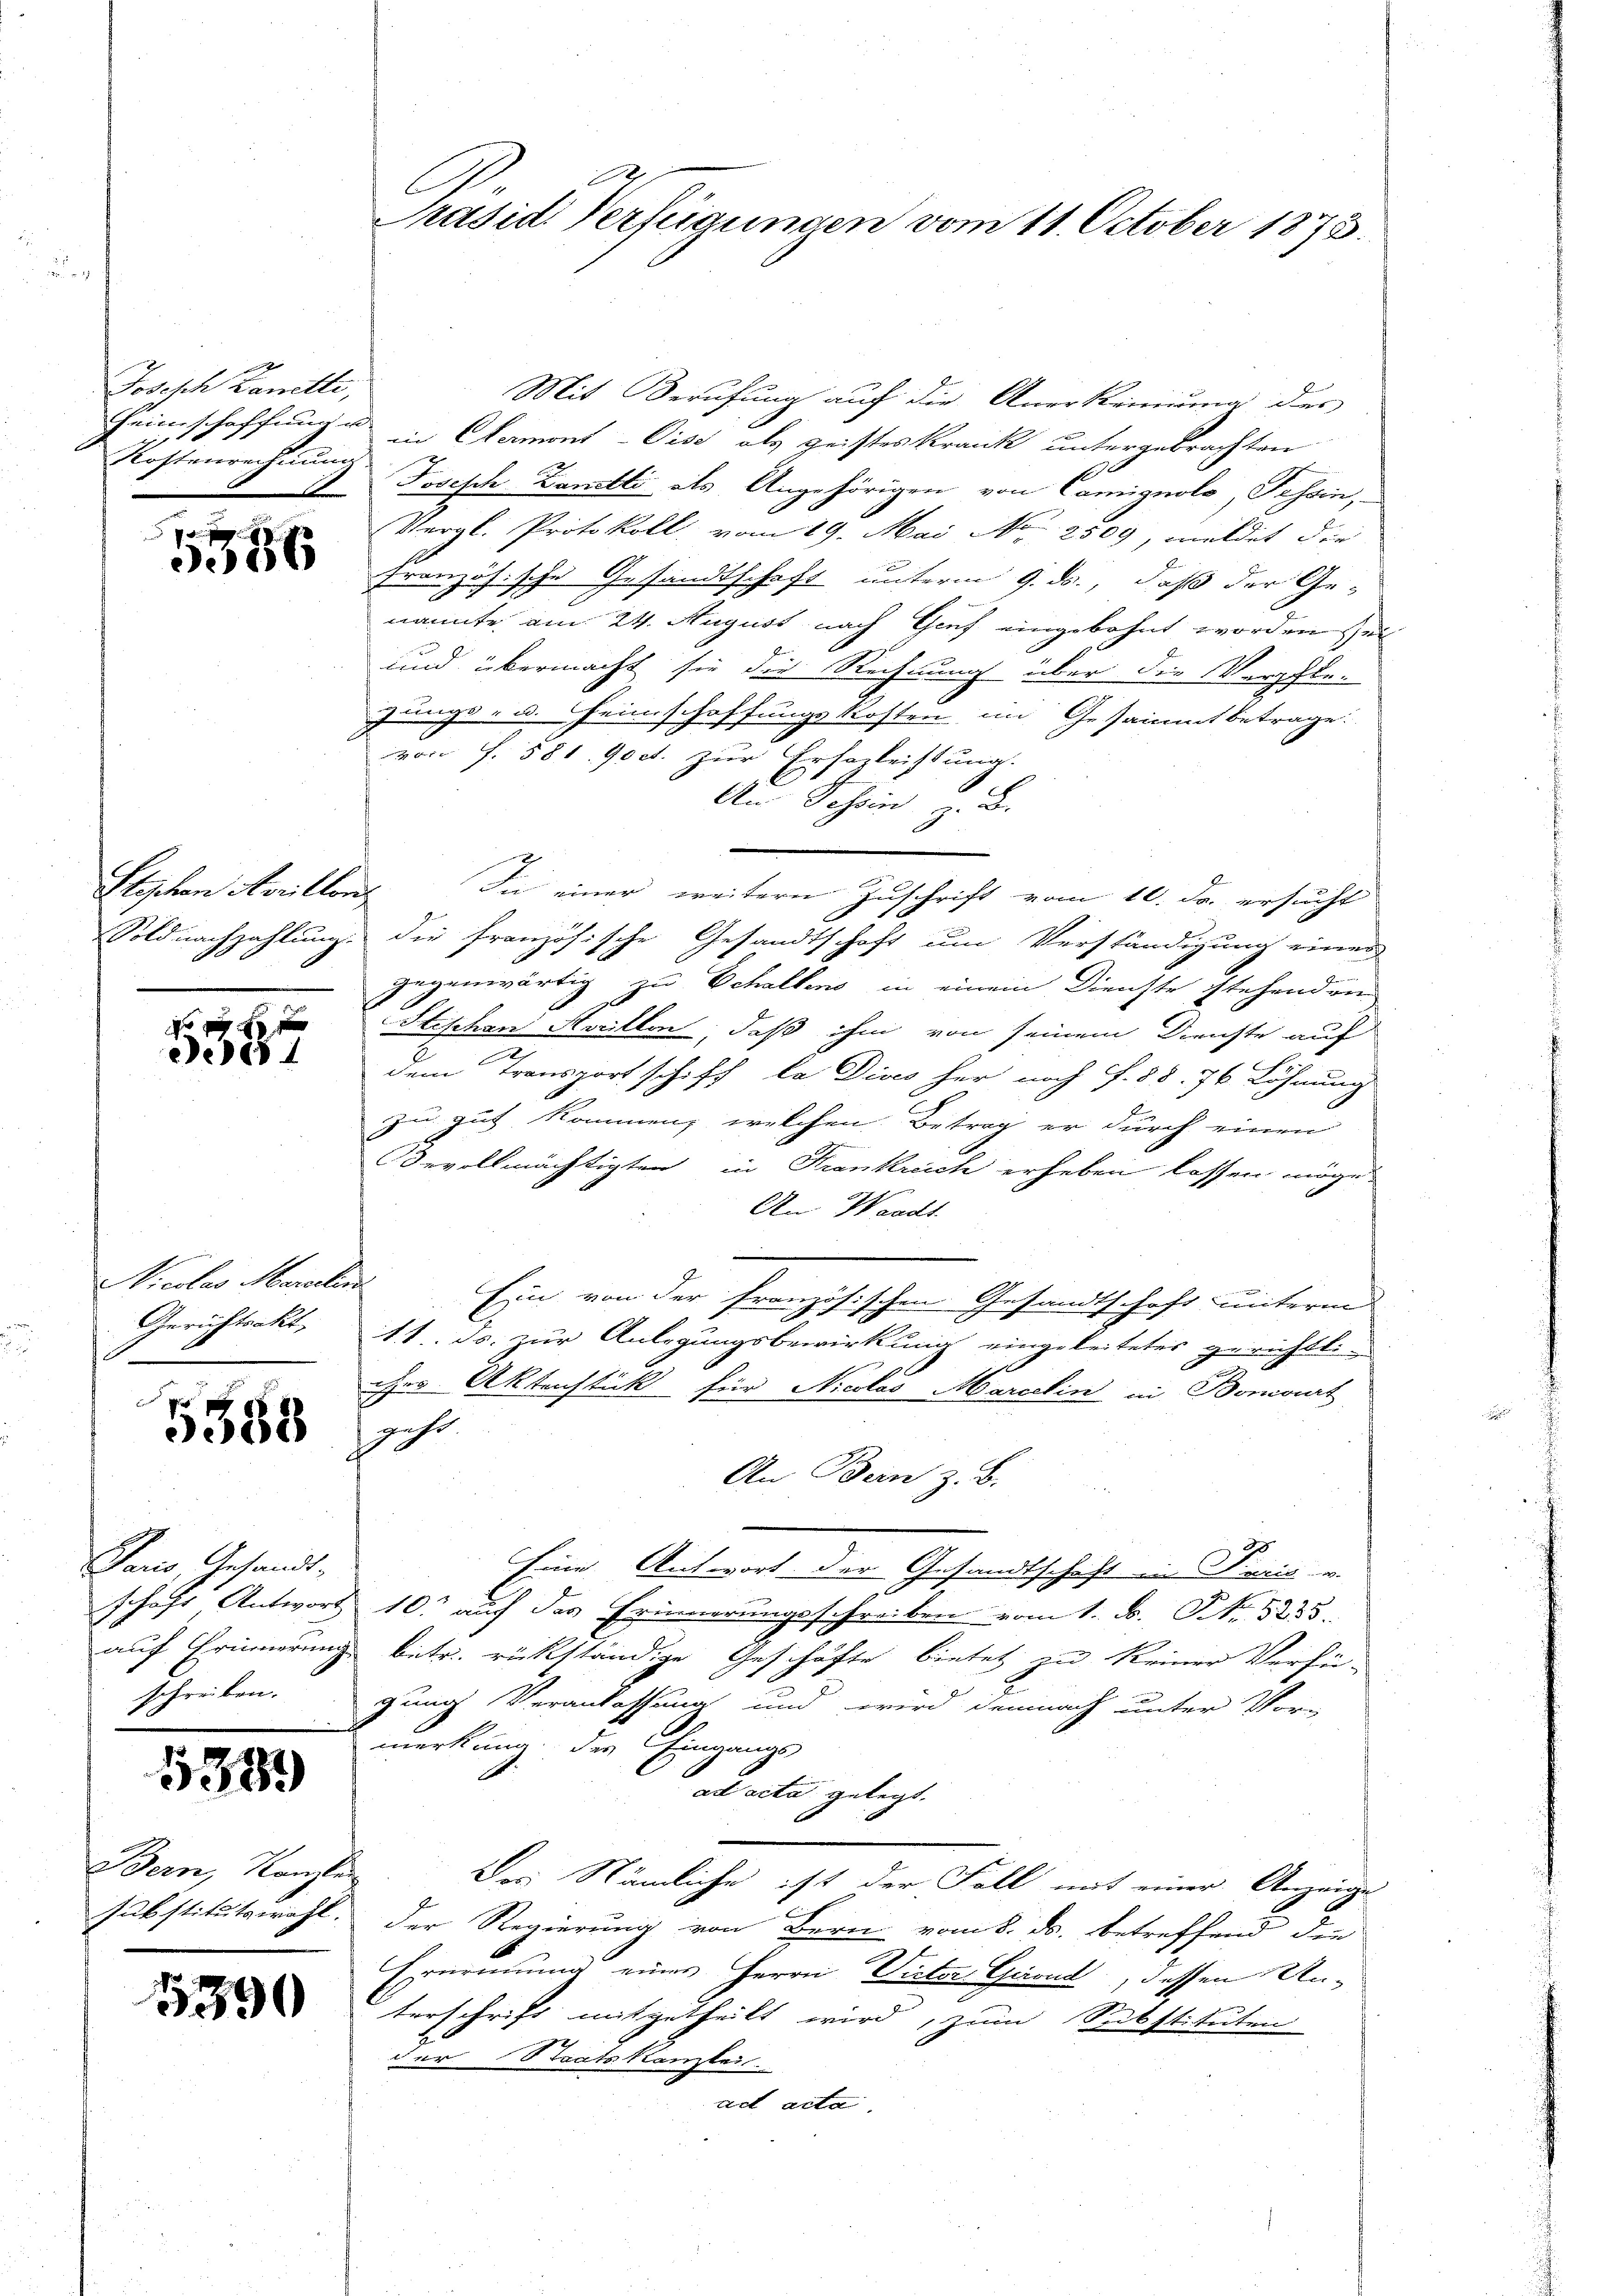
Joseph Zanetti,
Kostenrechnung

g
386

Plischen Aprillon

f 0 x
eede 1

Miedler Marcelen
Gerichtsakt,

5588

Paris, Gesandt-
schreiben.

1389

Bern, Kanzle

1390

Präsid. Verfügungen vom 11. October 1873.

Mit Berufung auf die Anerkennung des
Heimschaffung in Germont-Ciss als geisteskrank untergebrachten
Josisch Landtli als Angehörigen von Camignolo, Tessin,
Vergl. Protokoll, vom 19. Mai No 2509, meldet die
französische Gesandtschaft unterm 9. ds., daß der Ge-
nannte am 24. Auguss nach Genf eingebohnt worden sei
und übermacht sie die Rechnung über die Verschlezungs- u. Heimschaffungskosten im Gesammtbetrage.
von f. 581 90ct. zur Ersogleichtung.
An Schein Z. d.
In einer weitern Zuschrift vom 10. Fr. ersucht
Soldnachzahlung. Die französische Gesandtschaft um Verständigung einer
gegenwärtig zu Schaltens in einem Dienste stehendein
Stischen Aveillen, daß ihm von seinem Dienste auf
dem Transport schiff, la Dives her noch f. 88. 76 Löhnung
zu gut kommen, welchen Betrag er durch einen
Oorvollmächtigten in Krankreich erheben lassen möge,
An Waadt.
Ein von der französischen Gesandtschaft unterm
11. Js. zur Anlegungsbewirkung eingeleitetes gerichtli
cher Aktenstück für Nicolas Marcelin in Boncourt
gehe.
An Bern z. B.
20
Eine Antwort der Gesandtschaft in Decis v.
schaft Antwort 10. auf des Erinnerungsschreiben vom 1. N. N. 3233.
auf Erinnerung betr. rückständige Geschäfte bietet zu keiner Verfü-
gung Veranlassung und wird demnach unter Vor-
merkung der Eingangs
ad acta gelegt.
Das Nämliche ist der Fall mit einer Anzeige
1
substitutswahl. Der Regierung von Bern vom 8. ds. betreffend die
Ernennung eines Herrn Victor Garnd, dessen Unterschrift mitgetheilt wird, zum Substituten
der Staatskanzlei.
ad acta.